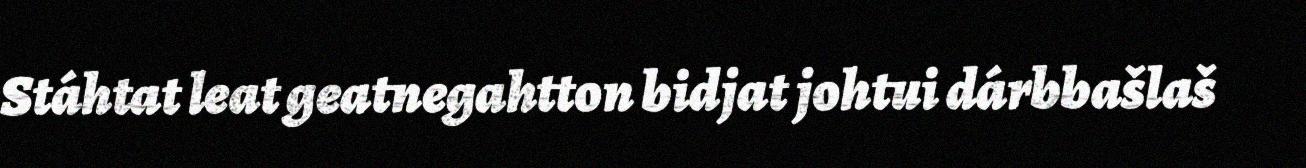
Stáhtat leat geatnegahtton bidjat johtui dárbbašlaš